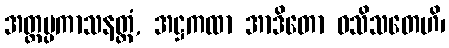
အတ္ထပ္ပကာသနတ္ထံ, အဋ္ဌကထာ အာဒိတော ဝသိသတေဟိ၊